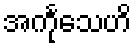
အင်္ကုသေဟိ